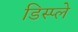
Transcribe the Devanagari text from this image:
डिस्‍प्ले